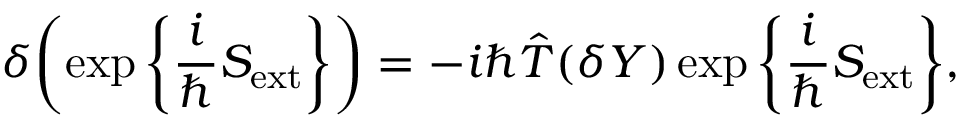
\delta \bigg ( \! \exp \bigg \{ \frac { i } { \hbar } S _ { \mathrm { e x t } } \bigg \} \bigg ) = - i \hbar \hat { T } ( \delta Y ) \exp \bigg \{ \frac { i } { \hbar } S _ { \mathrm { e x t } } \bigg \} ,